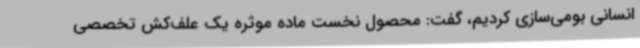
انسانی بومی‌سازی کردیم، گفت: محصول نخست ماده موثره یک علف‌کش تخصصی